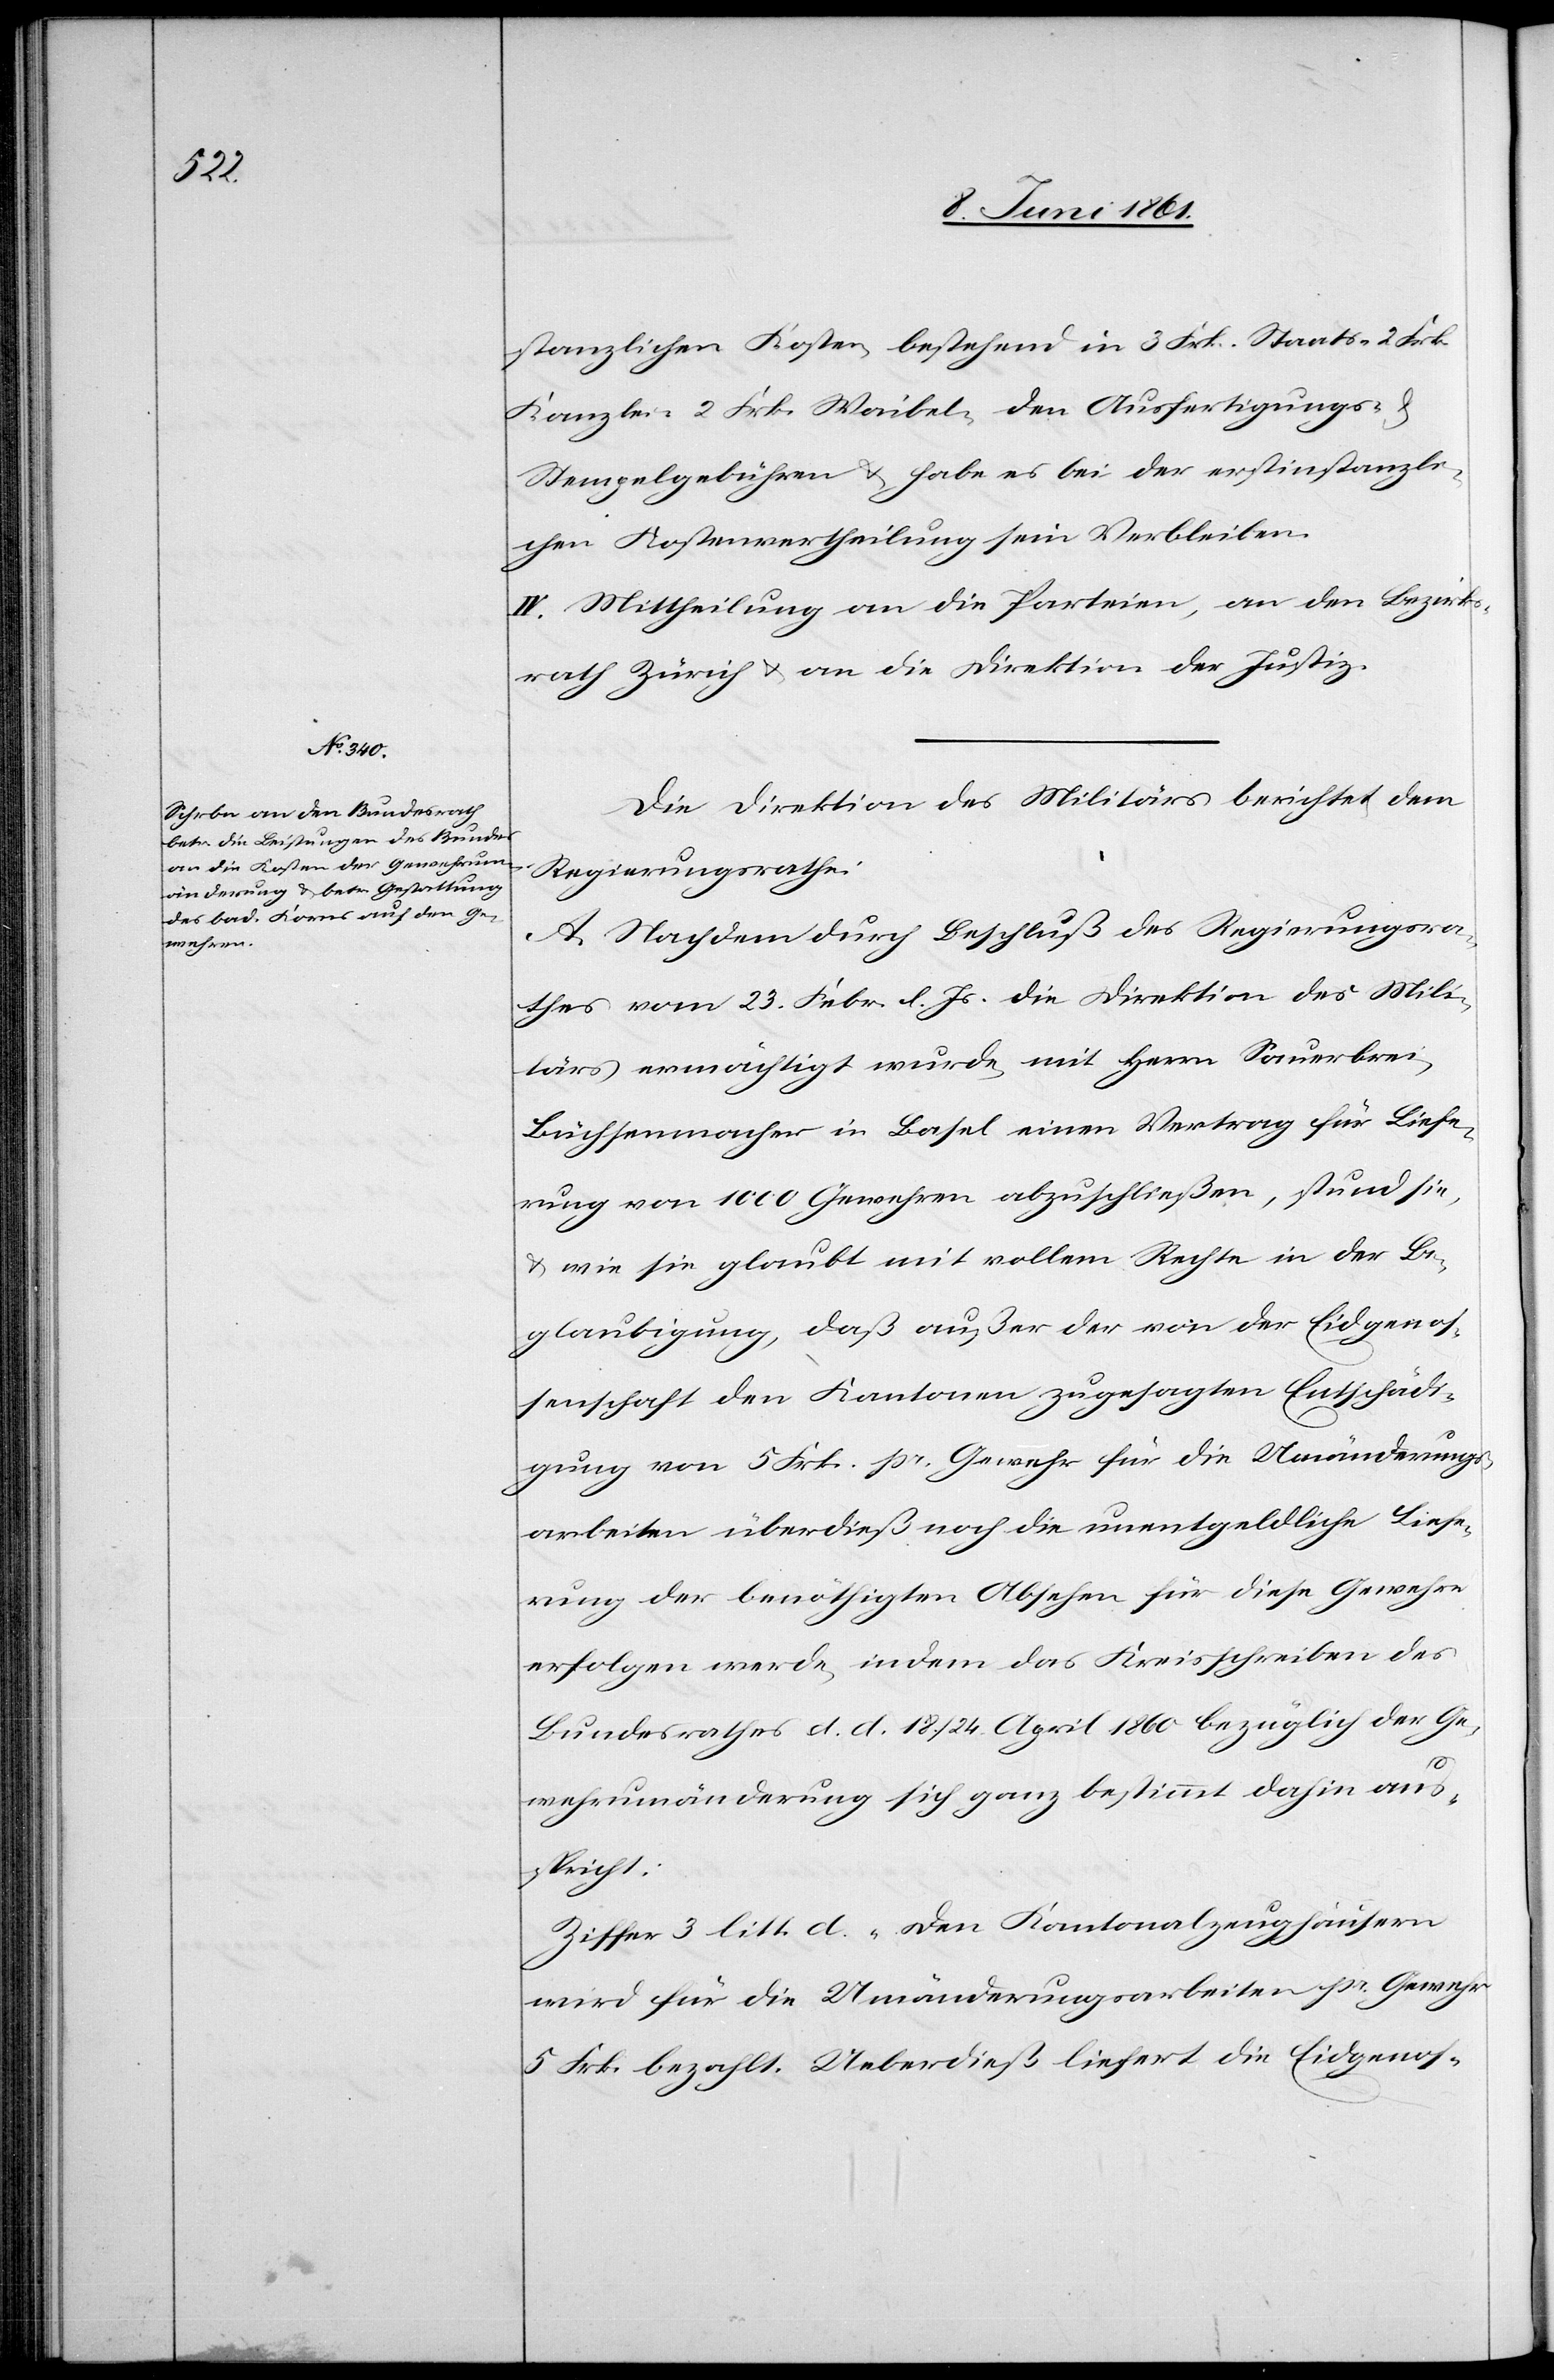
stanzlichen Kosten, bestehend in 3 Frk. Staats-[,] 2 Frk.
Kanzlei-[,] 2 Frk. Waibel-[,] den Ausfertigungs- u.
Stempelgebühren u. habe es bei der erstinstanzli¬
chen Kostenvertheilung sein Verbleiben.
IV. Mittheilung an die Parteien, an den Bezirks¬
rath Zürich u. an die Direktion der Justiz.
Die Direktion des Militärs berichtet dem
Regierungsrathe:
A. Nachdem durch Beschluß des Regierungsra¬
thes vom 23. Febr. l. Js. die Direktion des Mili¬
tärs ermächtigt wurde, mit Herrn Sauerbrei,
Büchsenmacher in Basel einen Vertrag für Liefe¬
rung von 1000 Gewehren abzuschließen, stund sie,
u. wie sie glaubt mit vollem Rechte in der Be¬
glaubigung, daß außer der von der Eidgenos¬
senschaft den Kantonen zugesagten Entschädi¬
gung von 5 Frk. pr. Gewehr für die Umänderungs¬
arbeiten überdieß noch die unentgeldliche Liefe¬
rung der benöthigten Absehen für diese Gewehre
erfolgen werde, indem das Kreisschreiben des
Bundesrathes d. d. 18. / 24. April 1860 bezüglich der Ge¬
wehrumänderung sich ganz bestimmt dahin aus¬
spricht:
Ziffer 3 litt. d „Den Kantonalzeughäusern
wird für die Umänderungsarbeiten pr. Gewehr
5 Frk. bezahlt. Ueberdieß liefert die Eidgenos-